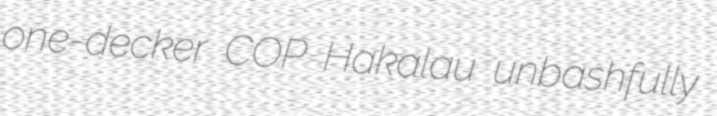
one-decker COP Hakalau unbashfully